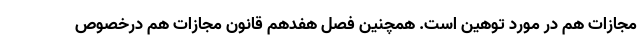
مجازات هم در مورد توهین است. همچنین فصل هفدهم قانون مجازات هم درخصوص